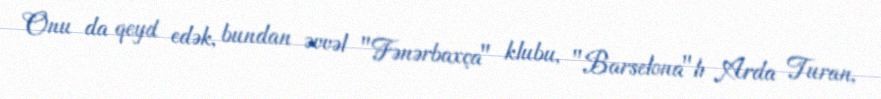
Onu da qeyd edək, bundan əvvəl "Fənərbaxça" klubu, "Barselona"lı Arda Turan,